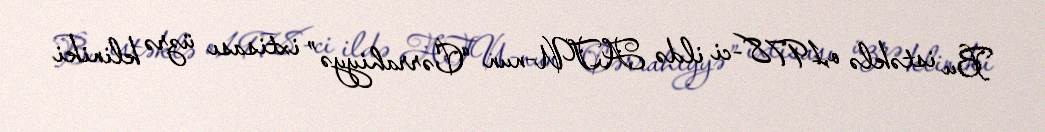
Bu istəklə o,1978-ci ildə ATU-nun “Cərrahiyyə” ixtisası üzrə kliniki